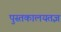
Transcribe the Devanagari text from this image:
पुस्तकालयतज्ञ